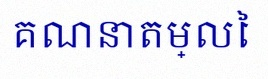
គណនាតម្លៃ